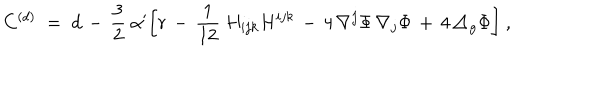
LaTeX: C ^ { ( d ) } \; = \; d \, - \, \frac 3 2 \ \alpha ^ { \prime } \biggl [ r \, - \, \frac { 1 } { 1 2 } \ H _ { i j k } H ^ { i j k } \, - \, 4 \, \nabla ^ { j } \Phi \, \nabla _ { j } \Phi \, + \, 4 \, \triangle _ { g } \Phi \biggr ] \ ,